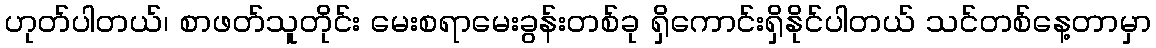
ဟုတ်ပါတယ်၊ စာဖတ်သူတိုင်း မေးစရာမေးခွန်းတစ်ခု ရှိကောင်းရှိနိုင်ပါတယ် သင်တစ်နေ့တာမှာ